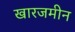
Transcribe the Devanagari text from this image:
खारजमीन